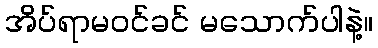
အိပ်ရာမဝင်ခင် မသောက်ပါနဲ့။